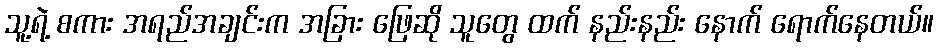
သူ့ရဲ့ စကား အရည်အချင်းက အခြား ဖြေဆို သူတွေ ထက် နည်းနည်း နောက် ရောက်နေတယ်။